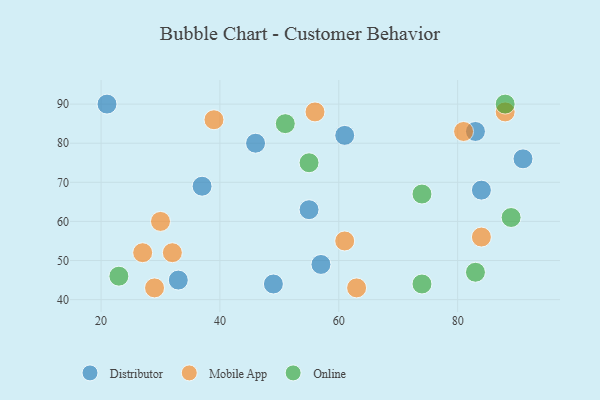
{"axis": {"x": "GDP", "y": "Life Expectancy"}, "legend": ["Distributor", "Mobile App", "Online"], "data": [{"x": "37", "y": 69, "type": "Distributor"}, {"x": "83", "y": 83, "type": "Distributor"}, {"x": "84", "y": 68, "type": "Distributor"}, {"x": "55", "y": 63, "type": "Distributor"}, {"x": "21", "y": 90, "type": "Distributor"}, {"x": "49", "y": 44, "type": "Distributor"}, {"x": "91", "y": 76, "type": "Distributor"}, {"x": "33", "y": 45, "type": "Distributor"}, {"x": "57", "y": 49, "type": "Distributor"}, {"x": "61", "y": 82, "type": "Distributor"}, {"x": "46", "y": 80, "type": "Distributor"}, {"x": "56", "y": 88, "type": "Mobile App"}, {"x": "30", "y": 60, "type": "Mobile App"}, {"x": "39", "y": 86, "type": "Mobile App"}, {"x": "88", "y": 88, "type": "Mobile App"}, {"x": "63", "y": 43, "type": "Mobile App"}, {"x": "81", "y": 83, "type": "Mobile App"}, {"x": "27", "y": 52, "type": "Mobile App"}, {"x": "61", "y": 55, "type": "Mobile App"}, {"x": "32", "y": 52, "type": "Mobile App"}, {"x": "29", "y": 43, "type": "Mobile App"}, {"x": "84", "y": 56, "type": "Mobile App"}, {"x": "74", "y": 67, "type": "Online"}, {"x": "88", "y": 90, "type": "Online"}, {"x": "74", "y": 44, "type": "Online"}, {"x": "51", "y": 85, "type": "Online"}, {"x": "55", "y": 75, "type": "Online"}, {"x": "89", "y": 61, "type": "Online"}, {"x": "23", "y": 46, "type": "Online"}, {"x": "83", "y": 47, "type": "Online"}]}